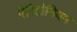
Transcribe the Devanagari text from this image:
पैरिटोनियम